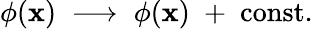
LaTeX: \phi(\mathbf{x})\; \longrightarrow\; \phi(\mathbf{x})\; +\; \mathrm{{const}}.